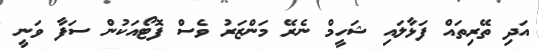
އަދި ތޭރިތައް ފަޅާލައި ޝަހީމް ނެރޭ މަންޒަރު ވެސް ފޮޓޯއަކުން ސަފާ ވަނީ